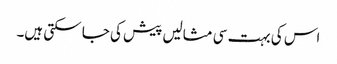
اس کی بہت سی مثالیں پیش کی جا سکتی ہیں۔